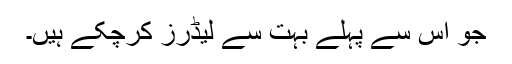
جو اس سے پہلے بہت سے لیڈرز کرچکے ہیں۔